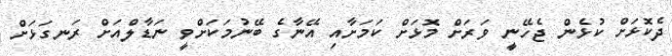
ދެކޮޅަށް ކުޅެން ޖެހޭނީ ވަރަށް މޮޅަށް ކަމަށާއި އޭނާގެ ބޭނުމަކަށްވީ ނަޑާލްއަށް ރަނގަޅަށް